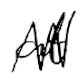
Text: at
Cross-out: mix
Writing tool: digital_black